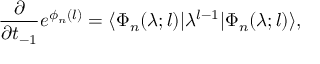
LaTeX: \frac { \partial } { \partial t _ { - 1 } } e ^ { \phi _ { n } ( l ) } = \langle \Phi _ { n } ( \lambda ; l ) | \lambda ^ { l - 1 } | \Phi _ { n } ( \lambda ; l ) \rangle ,